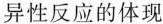
异性反应的体现